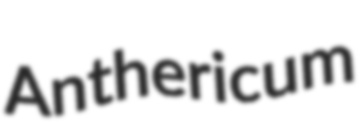
Anthericum